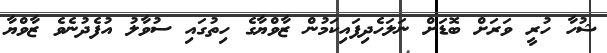
ޝުހާ ހުރީ ވަރަށް ބޮޑަށް ނަލަހެދިފައިކަމުން ޒާވްޔާގެ ހިތުގައި ސުވާލު އުފެދުނެވެ ޒާވްޔާ